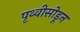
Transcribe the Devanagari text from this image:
पृथ्वीसोडून